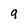
Character: 9